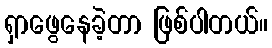
ရှာဖွေနေခဲ့တာ ဖြစ်ပါတယ်။